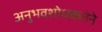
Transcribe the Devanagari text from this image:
अनुभवशोधकतेने